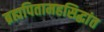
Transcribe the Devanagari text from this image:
ब्रह्मपितामहसिद्धांत